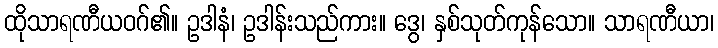
ထိုသာရဏီယဝဂ်၏။ ဥဒါနံ၊ ဥဒါန်းသည်ကား။ ဒွေ၊ နှစ်သုတ်ကုန်သော။ သာရဏီယာ၊